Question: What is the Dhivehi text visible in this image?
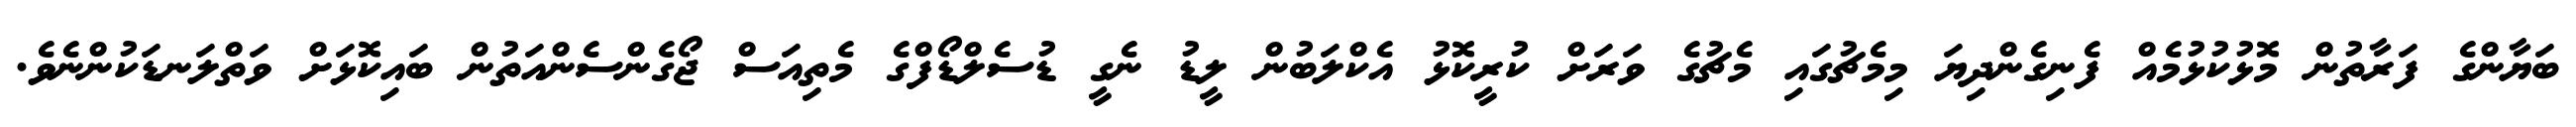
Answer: ބަޔާންގެ ފަރާތުން މޮޅުކުޅުމެއް ފެނިގެންދިޔަ މިމެޗުގައި މެޗުގެ ވަރަށް ކުރީކޮޅު އެކްލަބުން ލީޑު ނެގީ ޑުސެލްޑޯފްގެ މެތިއަސް ޖޯގެންސެންއަތުން ބައިކޮޅަށް ވަތްލަނޑަކުންނެވެ.